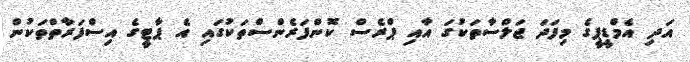
އަދި އެމްޑީޕީގެ މިފަދަ ޖަލްސާތަކުގަ އާއި ޕްރެސް ކޮންފަރެންސްތަކުގައި އެ ޕާޓީގެ އިސްފަރާތްތަކުން